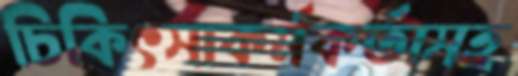
চিকিৎসাকর্মকর্তাসহ